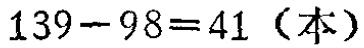
\(139 - 98 = 41\)（本）